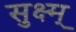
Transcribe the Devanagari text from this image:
सुक्ष्म्